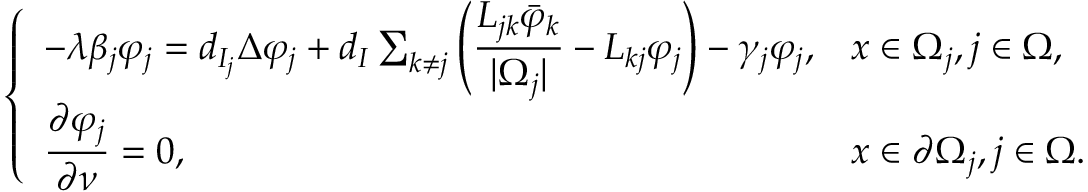
\left\{ \begin{array} { l l } { - \lambda \beta _ { j } \varphi _ { j } = d _ { I _ { j } } \Delta \varphi _ { j } + d _ { I } \sum _ { k \neq j } \left( \displaystyle \frac { L _ { j k } \bar { \varphi } _ { k } } { | \Omega _ { j } | } - L _ { k j } \varphi _ { j } \right) - \gamma _ { j } \varphi _ { j } , } & { x \in \Omega _ { j } , j \in \Omega , } \\ { \displaystyle \frac { \partial \varphi _ { j } } { \partial \nu } = 0 , } & { x \in \partial \Omega _ { j } , j \in \Omega . } \end{array} \right.